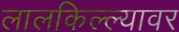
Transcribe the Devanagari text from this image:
लालकिल्ल्यावर